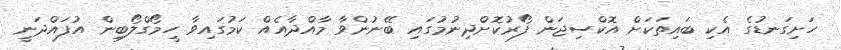
ހަށިގަނޑުގެ އެކި ބައިތަކަށް އޮކްސިޖަން ފޯރުކޮށްދިނުމުގައި ބޭނުންވާ މާއްދާއެއް ކަމުގައިވާ ހީމޯގްލޯބިން އުފައްދަނީ